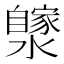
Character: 𤂼